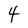
Character: 4